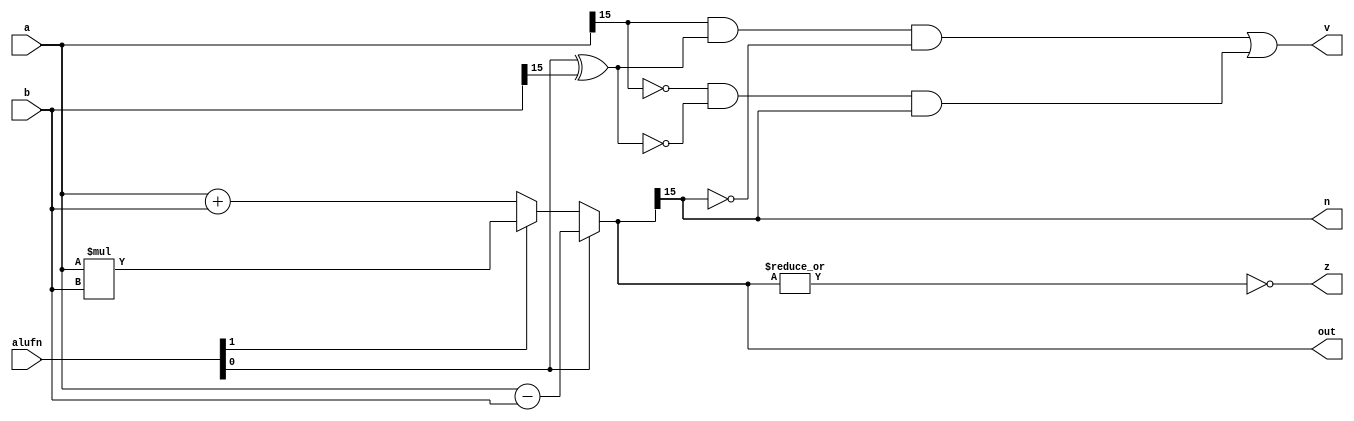
module adder_3 (
    input signed [15:0] a,
    input signed [15:0] b,
    input [5:0] alufn,
    output reg signed [15:0] out,
    output reg z,
    output reg v,
    output reg n
  );
  
  
  
  reg [15:0] s;
  
  reg xb15;
  
  always @* begin
    if (alufn[0+0-:1] == 1'h1) begin
      s = a - b;
    end else begin
      if (alufn[1+0-:1] == 1'h0) begin
        s = a + b;
      end else begin
        s = a * b;
      end
    end
    out = s;
    xb15 = alufn[0+0-:1] ^ b[15+0-:1];
    z = (~|s);
    v = (a[15+0-:1] & xb15 & ~s[15+0-:1]) | (~a[15+0-:1] & ~xb15 & s[15+0-:1]);
    n = s[15+0-:1];
  end
endmodule